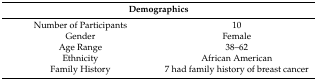
| <COLSPAN=2> Demographics |
 | --- | --- |
 | Number of Participants | 10 |
 | Gender | Female |
 | Age Range | 38–62 |
 | Ethnicity | African American |
 | Family History | 7 had family history of breast cancer |